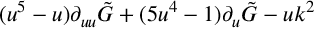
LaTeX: ( u ^ { 5 } - u ) \partial _ { u u } \tilde { G } + ( 5 u ^ { 4 } - 1 ) \partial _ { u } \tilde { G } - u k ^ { 2 }